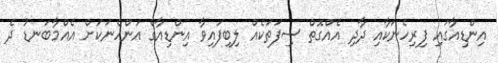
އިންޑިއާގައި ފިރިހެނަކާއި ދާދި އެއްގޮތް ސިފަތަކެއް ލިބިފައިވާ އިންޑިއާގެ އަންހެނަކަށް އެއްމާބަނޑު ދެ